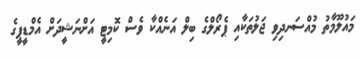
މައުލޫމާތު މުއްސަނދިވި ޖަލުތަކާއި ޕެރޯލްގެ ބިލް އަނެއްކާ ވެސް ކޮމިޓީ އަށްނަޝީދަށް އެމްޑީޕީގެ